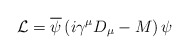
\begin{align*}{\cal L} = \overline{\psi}\left(i\gamma^{\mu}D_{\mu} - M\right)\psi\end{align*}